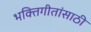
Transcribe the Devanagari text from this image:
भक्तिगीतांसाठी